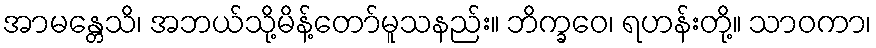
အာမန္တေသိ၊ အဘယ်သို့မိန့်တော်မူသနည်း။ ဘိက္ခဝေ၊ ရဟန်းတို့။ သာဝကာ၊